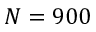
N = 9 0 0